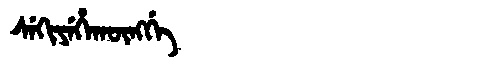
Manchu: ᠰᡝᡴᡳᠶᡝᡥᠠᡴᡡᠩᡤᡝ
Romanization: SEKIYEHAKŪNGGE